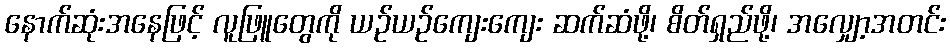
နောက်ဆုံးအနေဖြင့် လူဖြူတွေကို ယဉ်ယဉ်ကျေးကျေး ဆက်ဆံဖို့၊ စိတ်ရှည်ဖို့၊ အလျှော့အတင်း